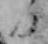
日